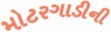
મોટરગાડીની